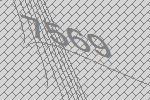
7569